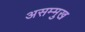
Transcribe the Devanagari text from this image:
असम्मुख